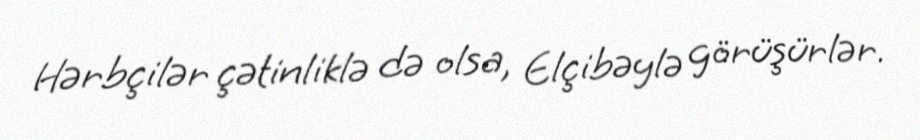
Hərbçilər çətinliklə də olsa, Elçibəylə görüşürlər.